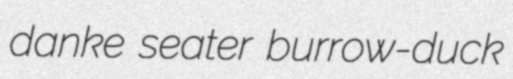
danke seater burrow-duck